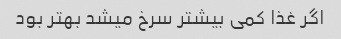
اگر غذا کمی بیشتر سرخ میشد بهتر بود